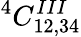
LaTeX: ^{4}C_{12,34}^{III}